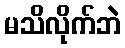
မသိလိုက်ဘဲ